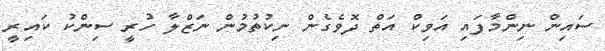
ސައިން ނިންމާފައި އަވިކް އަތް ދޮވެގެން ނިކުތުމުން ނަޒްލާ ހުރީ ސިންކު ކައިރީ